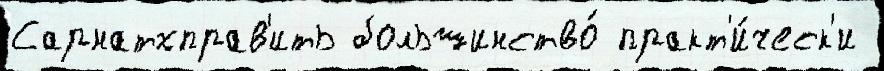
Сарнатхправ'ить большинство́ практ'и́ческ'и